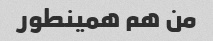
من هم همینطور